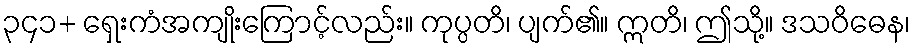
၃၄၁+ ရှေးကံအကျိုးကြောင့်လည်း။ ကုပ္ပတိ၊ ပျက်၏။ ဣတိ၊ ဤသို့။ ဒသဝိဓေန၊